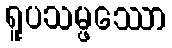
ရူပသမ္ဖဿော